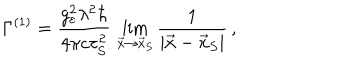
LaTeX: \Gamma ^ { ( 1 ) } = \frac { g _ { \varepsilon } ^ { 2 } \lambda ^ { 2 } \hbar } { 4 \pi c \tau _ { S } ^ { 2 } } \, \lim _ { \vec { x } \rightarrow \vec { x } _ { S } } \frac { 1 } { | \vec { x } - \vec { x } _ { S } | } \, ,